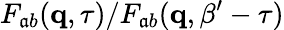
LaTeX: F_{\mathfrak{a}b}({\mathbf{q}},\tau)/F_{\mathfrak{a}b}({\mathbf{q}},\beta^{\prime}-\tau)